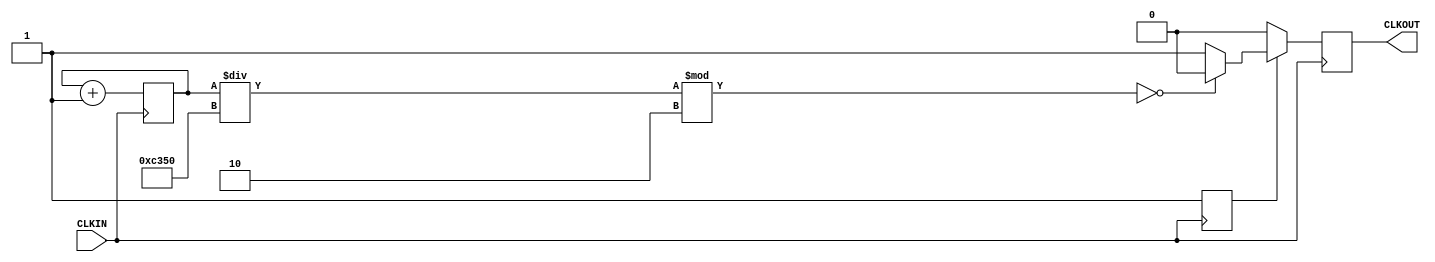
module Shiftclock(
    input CLKIN,
    output CLKOUT
    );
     reg CLKOUT;
	  reg START = 1'b0; 
	  reg [25:0] counter = 26'd0;
	  parameter C0 = 26'd50000;
	  always @(posedge CLKIN) 
	  begin
	  counter <= counter + 1;
	  if (START == 1'b0)
	          begin
				      CLKOUT <= 1'b0;
						START <= 1'b1;
				 end
		else if (((counter / C0)% 2)== 1'b0)
		       CLKOUT <= 1'b0;
		else
		CLKOUT <= 1'b1;
		end

endmodule